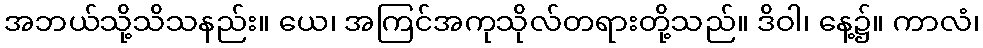
အဘယ်သို့သိသနည်း။ ယေ၊ အကြင်အကုသိုလ်တရားတို့သည်။ ဒိဝါ၊ နေ့၌။ ကာလံ၊